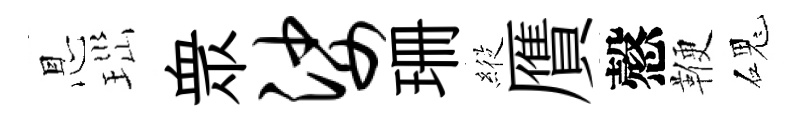
㤙𤤼衆娑珊𦂵贋慤鞭磈